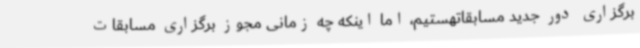
برگزاری دور جدید مسابقاتهستیم، اما اینکه چه زمانی مجوز برگزاری مسابقات